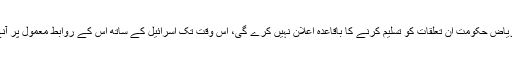
ان کے بقول جب تک ریاض حکومت ان تعلقات کو تسلیم کرنے کا باقاعدہ اعلان نہیں کرے گی، اس وقت تک اسرائیل کے ساتھ اس کے روابط معمول پر آنے کا کوئی امکان نہیں۔